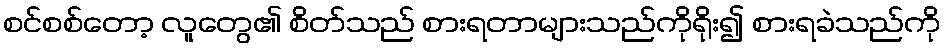
စင်စစ်တော့ လူတွေ၏ စိတ်သည် စားရတာများသည်ကိုရိုး၍ စားရခဲသည်ကို